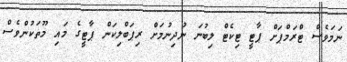
ނަމަވެސް ޓްރަމްޕަށް ޕާޓީ ޓިކެޓް ލިބުނަ ނުދިނުމަށް ރިޕަބްލިކަން ޕާޓީގެ މައި މޫތަކުންވެސް